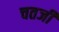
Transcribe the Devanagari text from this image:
चतर्जी